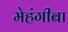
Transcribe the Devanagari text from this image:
मेहंगीबा